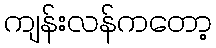
ကျန်းလန်ကတော့